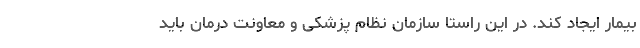
بیمار ایجاد کند. در این راستا سازمان نظام پزشکی و معاونت درمان باید